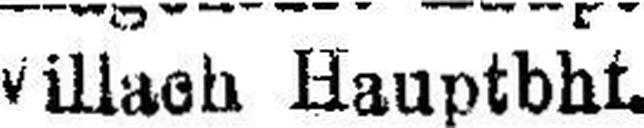
Villach Hauptbhf.